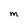
Character: M